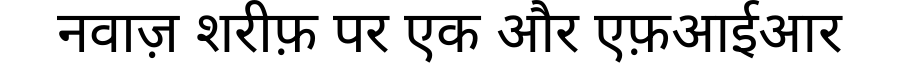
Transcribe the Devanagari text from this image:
नवाज़ शरीफ़ पर एक और एफ़आईआर